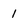
Character: 1